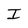
Character: I